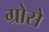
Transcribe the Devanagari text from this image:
ग्रोसे